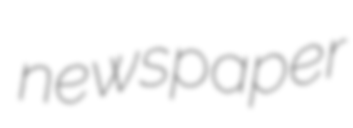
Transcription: newspaper